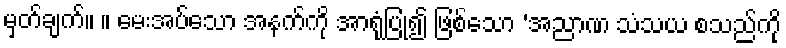
မှတ်ချက်။ ။ မေးအပ်သော အနက်ကို အာရုံပြု၍ ဖြစ်သော ‘အညာဏ သံသယ စသည်ကို